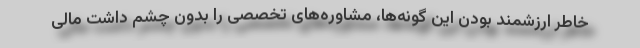
خاطر ارزشمند بودن این گونه‌ها، مشاوره‌های تخصصی را بدون چشم داشت مالی